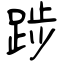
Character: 踄